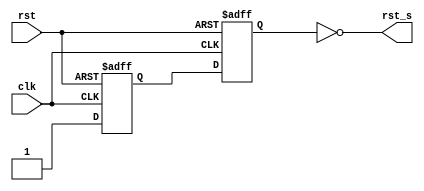
`timescale 1ns / 1ps
//////////////////////////////////////////////////////////////////////////////////
// By Omar Aquino Pineda
// The following moduel stands for Asynchronous In Synchronous Out.
// It provides the reset for the rest of the modules in the top module. 
// rst_s is the reset input for the rest of the modules. 
//////////////////////////////////////////////////////////////////////////////////

module AISO(clk, rst, rst_s);

input rst, clk;
output rst_s;
reg  Q1, Q2;        //flop outputs 
reg rst_s, qmeta;
////////////////////////////////////////
//  continous assignement for ped     //
////////////////////////////////////////
always @(*) begin 
 rst_s = ~Q2;    
 qmeta = Q1;
 end


    always@ (posedge clk, posedge rst)
    if (rst) {Q1,Q2} <= 2'b0;
    else     {Q1,Q2} <=  {1'b1, qmeta}; 
endmodule